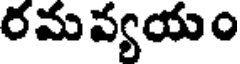
రమవ్యయం